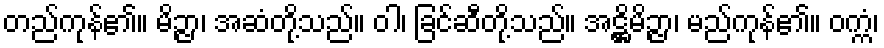
တည်ကုန်၏။ မိဉ္ဇာ၊ အဆံတို့သည်။ ဝါ၊ ခြင်ဆီတို့သည်။ အဋ္ဌိမိဉ္ဇာ၊ မည်ကုန်၏။ ဝက္ကံ၊